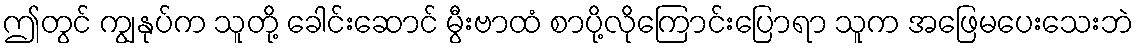
ဤတွင် ကျွနုပ်က သူတို့ ခေါင်းဆောင် မွီးဗာထံ စာပို့လိုကြောင်းပြောရာ သူက အဖြေမပေးသေးဘဲ